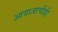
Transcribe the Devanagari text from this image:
आवाजाचीही